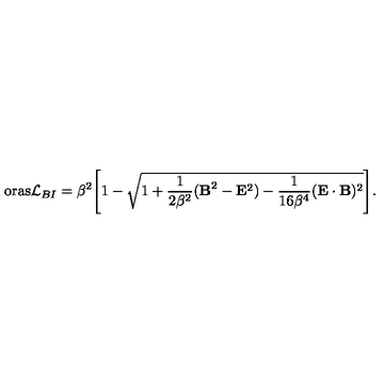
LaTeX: \, \mathrm { o r a s } { \cal { L } } _ { B I } = \beta ^ { 2 } \Biggl [ 1 - \sqrt { 1 + \frac { 1 } { 2 \beta ^ { 2 } } ( { \bf B } ^ { 2 } - { \bf E } ^ { 2 } ) - \frac { 1 } { 1 6 \beta ^ { 4 } } ( { \bf E } \cdot { \bf B } ) ^ { 2 } } \Biggr ] .